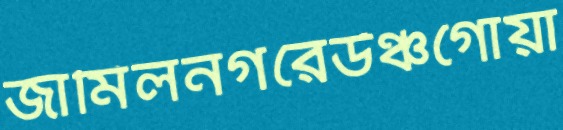
জামিলনগরেউঞ্চগোয়া